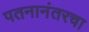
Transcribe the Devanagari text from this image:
पतनानंतरचा